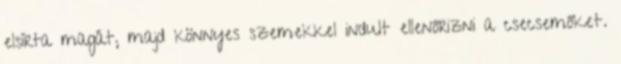
elsírta magát, majd könnyes szemekkel indult ellenőrizni a csecsemőket.